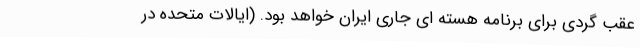
عقب گردی برای برنامه هسته ای جاری ایران خواهد بود. (ایالات متحده در